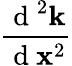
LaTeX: \frac{\mathrm{~d~}^{2}\textbf{k}}{\mathrm{~d~}\textbf{x}^{2}}